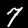
Digit: 7